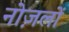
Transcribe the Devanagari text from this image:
नोज़लों